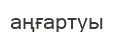
аңғартуы